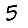
Digit: 5